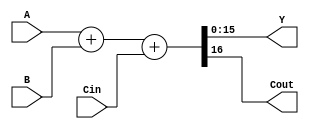
// 16
//  ABCin
//  YABCout
module add16bit(A, B, Cin, Y, Cout);
  parameter LENGTH = 16;
  input [LENGTH - 1:0] A, B;
  input Cin;
  output [LENGTH - 1:0] Y;
  output Cout;
  assign {Cout, Y} = A + B + Cin;

endmodule